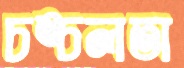
চঙ্চলতা